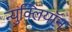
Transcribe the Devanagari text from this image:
न्युक्लियॉन